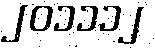
၂၀၁၁၁၂